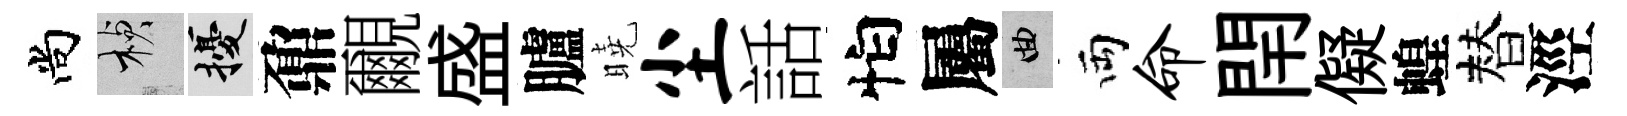
尚楨擾鼐覼盛臚曉尘話怕屬曲両命閈儗蝗替涇